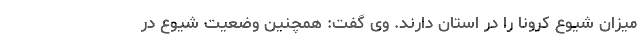
میزان شیوع کرونا را در استان دارند. وی گفت: همچنین وضعیت شیوع در